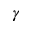
\gamma